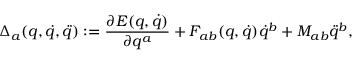
\Delta _ { a } ( q , \dot { q } , \ddot { q } ) : = \frac { \partial E ( q , \dot { q } ) } { \partial q ^ { a } } + F _ { a b } ( q , \dot { q } ) \dot { q } ^ { b } + M _ { a b } \ddot { q } ^ { b } ,